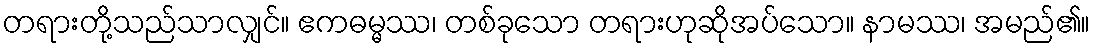
တရားတို့သည်သာလျှင်။ ဧကဓမ္မဿ၊ တစ်ခုသော တရားဟုဆိုအပ်သော။ နာမဿ၊ အမည်၏။